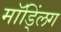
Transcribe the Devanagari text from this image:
मॉड्लिंग